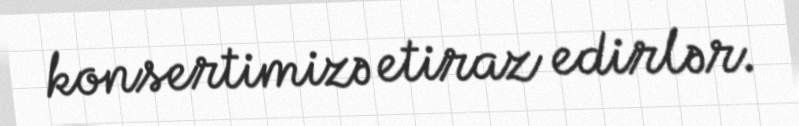
konsertimizə etiraz edirlər.